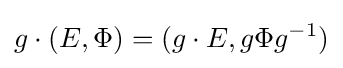
g\cdot (E,\Phi )=(g\cdot E,g\Phi g^{-1})